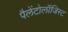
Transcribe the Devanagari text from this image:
पैलेंटोलॉजिस्ट